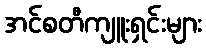
အင်စတီကျူးရှင်းများ